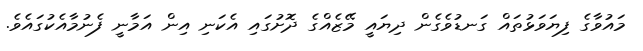
މައުވާގެ ފިޔަވަޅުތައް ގަނޑުވެގެން ދިޔައީ މޭޒެއްގެ ދޮށުގައި އެކަނި އިން އަމާނީ ފެނުމާއެކުގައެވެ.